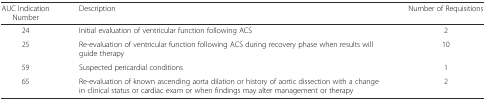
<table><thead><tr><td><b>AUC Indication Number</b></td><td><b>Description</b></td><td><b>Number of Requisitions</b></td></tr></thead><tbody><tr><td>24</td><td>Initial evaluation of ventricular function following ACS</td><td>2</td></tr><tr><td>25</td><td>Re-evaluation of ventricular function following ACS during recovery phase when results will guide therapy</td><td>10</td></tr><tr><td>59</td><td>Suspected pericardial conditions</td><td>1</td></tr><tr><td>65</td><td>Re-evaluation of known ascending aorta dilation or history of aortic dissection with a change in clinical status or cardiac exam or when findings may alter management or therapy</td><td>2</td></tr></tbody></table>